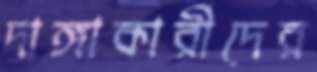
দাঙ্গাকারীদের